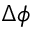
\Delta \phi